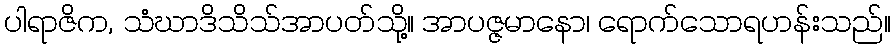
ပါရာဇိက, သံဃာဒိသိသ်အာပတ်သို့။ အာပဇ္ဇမာနော၊ ရောက်သောရဟန်းသည်။